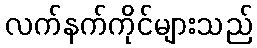
လက်နက်ကိုင်များသည်